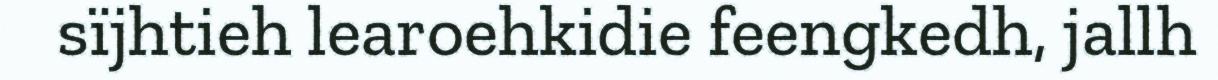
sïjhtieh learoehkidie feengkedh, jallh